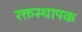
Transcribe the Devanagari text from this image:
रक्तस्थापक